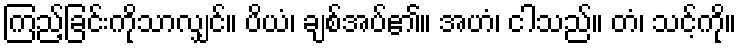
ကြည့်ခြင်းကိုသာလျှင်။ ပိယံ၊ ချစ်အပ်၏။ အဟံ၊ ငါသည်။ တံ၊ သင့်ကို။